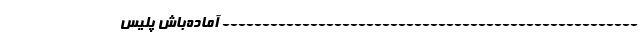
---------------------------------------------------- آماده‌باش پلیس